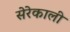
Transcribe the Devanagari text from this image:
सेरेकाली